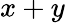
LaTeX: x+y